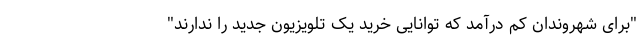
"برای شهروندان کم درآمد که توانایی خرید یک تلویزیون جدید را ندارند"